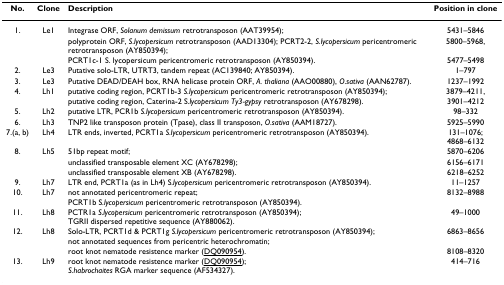
<table><thead><tr><td><b>No.</b></td><td><b>Clone</b></td><td><b>Description</b></td><td><b>Position in clone</b></td></tr></thead><tbody><tr><td>1.</td><td>Le1</td><td>Integrase ORF, <i>Solanum demissum </i>retrotransposon (AAT39954);</td><td>5431–5846</td></tr><tr><td></td><td></td><td>polyprotein ORF, <i>S.lycopersicum </i>retrotransposon (AAD13304); PCRT2-2, <i>S.lycopersicum </i>pericentromeric retrotransposon (AY850394);</td><td>5800–5968,</td></tr><tr><td></td><td></td><td>PCRT1c-1 S. lycopersicum pericentromeric retrotransposon (AY850394).</td><td>5477–5498</td></tr><tr><td>2.</td><td>Le3</td><td>Putative solo-LTR, UTRT3, tandem repeat (AC139840; AY850394).</td><td>1–797</td></tr><tr><td>3.</td><td>Le3</td><td>Putative DEAD/DEAH box, RNA helicase protein ORF, <i>A. thaliana </i>(AAO00880), <i>O.sativa </i>(AAN62787).</td><td>1237–1992</td></tr><tr><td>4.</td><td>Lh1</td><td>putative coding region, PCRT1b-3 <i>S.lycopersicum </i>pericentromeric retrotransposon (AY850394);</td><td>3879–4211,</td></tr><tr><td></td><td></td><td>putative coding region, Caterina-2 S<i>.lycopersicum Ty3-gypsy </i>retrotransposon (AY678298).</td><td>3901–4212</td></tr><tr><td>5.</td><td>Lh2</td><td>putative LTR, PCR1b <i>S.lycopersicum </i>pericentromeric retrotransposon (AY850394).</td><td>98–332</td></tr><tr><td>6.</td><td>Lh3</td><td>TNP2 like transposon protein (Tpase), class II transposon, <i>O.sativa </i>(AAM18727).</td><td>5925–5990</td></tr><tr><td>7.(a, b)</td><td>Lh4</td><td>LTR ends, inverted, PCRT1a <i>S.lycopersicum </i>pericentromeric retrotransposon (AY850394).</td><td>131–1076;4868–6132</td></tr><tr><td>8.</td><td>Lh5</td><td>51bp repeat motif;</td><td>5870–6206</td></tr><tr><td></td><td></td><td>unclassified transposable element XC (AY678298);</td><td>6156–6171</td></tr><tr><td></td><td></td><td>unclassified transposable element XB (AY678298).</td><td>6218–6252</td></tr><tr><td>9.</td><td>Lh7</td><td>LTR end, PCRT1a (as in Lh4) S<i>.lycopersicum </i>pericentromeric retrotransposon (AY850394).</td><td>11–1257</td></tr><tr><td>10.</td><td>Lh7</td><td>not annotated pericentromeric repeat;PCRT1b S<i>.lycopersicum </i>pericentromeric retrotransposon (AY850394).</td><td>8132–8988</td></tr><tr><td>11.</td><td>Lh8</td><td>PCTR1a <i>S.lycopersicum </i>pericentromeric retrotransposon (AY850394);TGRII dispersed repetitive sequence (AY880062).</td><td>49–1000</td></tr><tr><td>12.</td><td>Lh8</td><td>Solo-LTR, PCRT1d &amp; PCRT1g <i>S.lycopersicum </i>pericentromeric retrotransposon (AY850394);not annotated sequences from pericentric heterochromatin;</td><td>6863–8656</td></tr><tr><td></td><td></td><td>root knot nematode resistence marker (DQ090954).</td><td>8108–8320</td></tr><tr><td>13.</td><td>Lh9</td><td>root knot nematode resistence marker (DQ090954);<i>S.habrochaites </i>RGA marker sequence (AF534327).</td><td>414–716</td></tr></tbody></table>